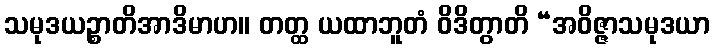
သမုဒယဉ္စာတိအာဒိမာဟ။ တတ္ထ ယထာဘူတံ ဝိဒိတွာတိ “အဝိဇ္ဇာသမုဒယာ